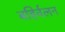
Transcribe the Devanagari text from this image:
बहिर्वलन